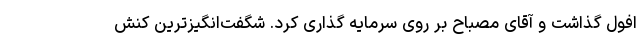
افول گذاشت و آقای مصباح بر روی سرمایه گذاری کرد. شگفت‌انگیزترین کنش